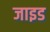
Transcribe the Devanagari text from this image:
जाइड